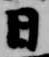
日